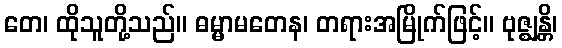
တေ၊ ထိုသူတို့သည်။ ဓမ္မာမတေန၊ တရားအမြိုက်ဖြင့်။ ဗုဇ္ဈန္တိ၊